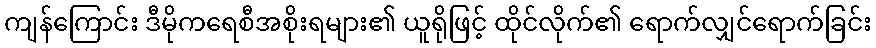
ကျန်ကြောင်း ဒီမိုကရေစီအစိုးရများ၏ ယူရိုဖြင့် ထိုင်လိုက်၏ ရောက်လျှင်ရောက်ခြင်း